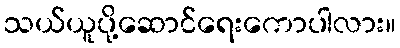
သယ်ယူပို့ဆောင်ရေးကောပါလား။